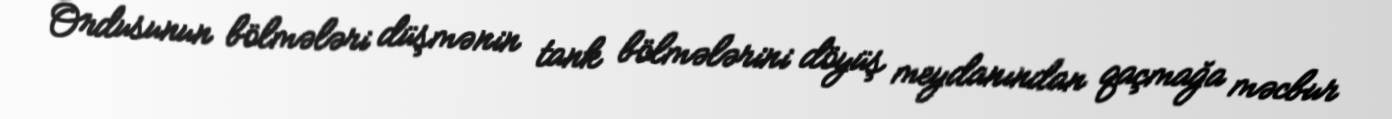
Ordusunun bölmələri düşmənin tank bölmələrini döyüş meydanından qaçmağa məcbur